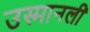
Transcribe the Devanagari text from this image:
उस्मानली